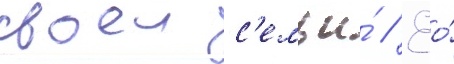
своеи с'емьи́ // Ео́